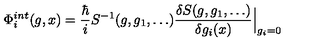
\Phi _ { i } ^ { i n t } ( g , x ) = { \frac { \hbar } { i } } S ^ { - 1 } ( g , g _ { 1 } , \ldots ) \frac { \delta S ( g , g _ { 1 } , \ldots ) } { \delta g _ { i } ( x ) } \Big | _ { g _ { i } = 0 }